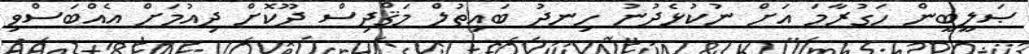
ޞަލީބީން ހަގުރާމަ އަށް ނުކުޅެދުނު ހިނދު ބައިތުލް މަޤްދިސް ދޫކޮށް ދިއުމަށް އެއްބަސްވި